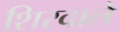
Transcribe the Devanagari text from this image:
शिरवाले